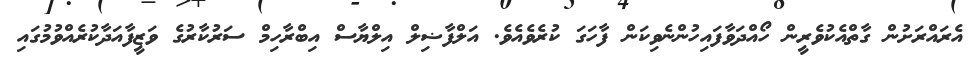
އެރައްރަށުން ގާތްއެކުވެރީން ހޯއްދަވާފައިހުންނެވިކަން ފާހަގަ ކުރެވެއެވެ. އަލްފާޟިލް އިލްޔާސް އިބްރާހިމް ސަރުކާރުގެ ވަޒީފާއަދާކުރެއްވުމުގައި